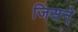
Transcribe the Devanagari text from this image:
जिसन्े